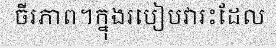
ចីរភាព។ក្នុងរបៀបវារះដែល